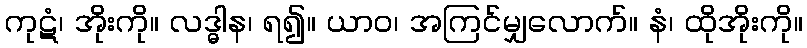
ကုဋံ၊ အိုးကို။ လဒ္ဓါန၊ ရ၍။ ယာဝ၊ အကြင်မျှလောက်။ နံ၊ ထိုအိုးကို။